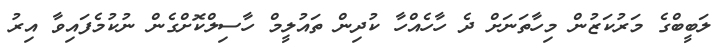
ލަބީބްގެ މަރުކަޒުން މިހާތަނަށް ދެ ހާހެއްހާ ކުދިން ތައުލީމް ހާސިލްކޮށްގެން ނުކުމެފައިވާ އިރު